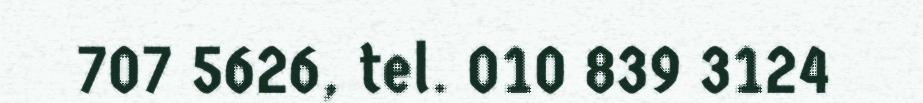
707 5626, tel. 010 839 3124